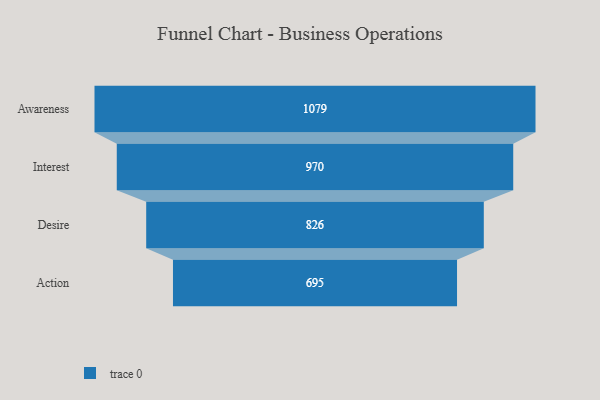
{"axis": {"x": "Stage", "y": "Value"}, "legend": [""], "data": [{"x": "Awareness", "y": 1079.0, "type": ""}, {"x": "Interest", "y": 970.0, "type": ""}, {"x": "Desire", "y": 826.0, "type": ""}, {"x": "Action", "y": 695.0, "type": ""}]}